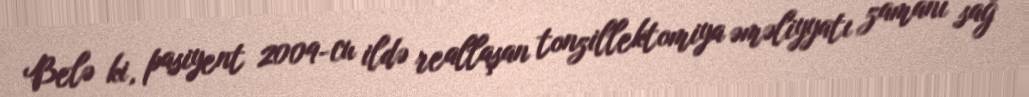
Belə ki, pasiyent 2009-cu ildə reallaşan tonzillektomiya əməliyyatı zamanı sağ